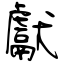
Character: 獻